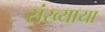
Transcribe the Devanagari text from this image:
संख्याया